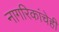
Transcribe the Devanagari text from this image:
नागरिकांचेही